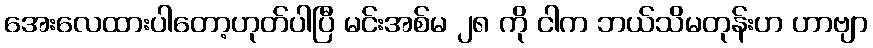
အေးလေထားပါတော့ဟုတ်ပါပြီ မင်းအစ်မ ၂၈ ကို ငါက ဘယ်သိမတုန်းဟ ဟာဗျာ